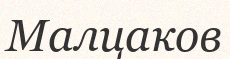
Малцаков